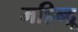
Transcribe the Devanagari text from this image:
महिन्द्रू